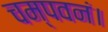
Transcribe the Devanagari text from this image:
चम्पवनं।